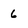
Character: 6